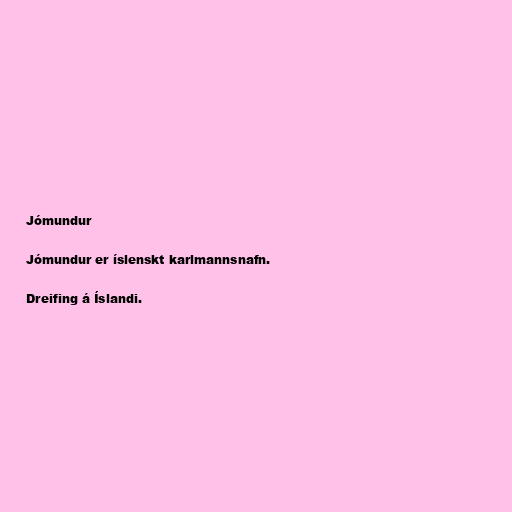
Jómundur

Jómundur er íslenskt karlmannsnafn.

Dreifing á Íslandi.